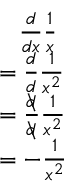
\begin{array} { l } { \; \; \; { \frac { d } { d x } } { \frac { 1 } { x } } } \\ { = { \frac { d } { d } } { \frac { 1 } { x ^ { 2 } } } } \\ { = { \frac { d \! \! \! \backslash } { d \! \! \! \backslash } } { \frac { 1 } { x ^ { 2 } } } } \\ { = - { \frac { 1 } { x ^ { 2 } } } } \end{array}